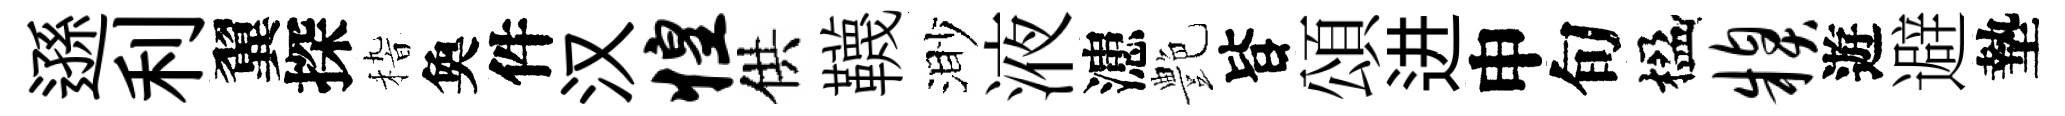
遜利翼探𥟵奐件汉惶供韈渺液漶艶𣅜頌进申旬楹糗遊避墊